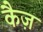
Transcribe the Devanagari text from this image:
कैज़